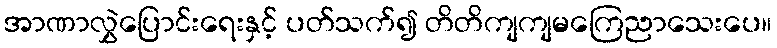
အာဏာလွှဲပြောင်းရေးနှင့် ပတ်သက်၍ တိတိကျကျမကြေညာသေးပေ။